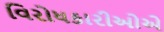
વિરોધકારીઓએ